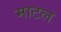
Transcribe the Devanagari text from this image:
माटल